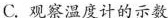
C.观察温度计的示数